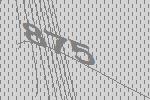
875